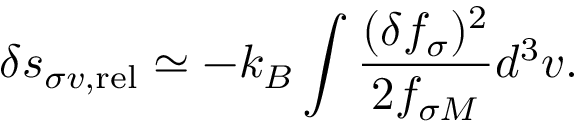
\delta s _ { \sigma v , \mathrm { r e l } } \simeq - k _ { B } \int \frac { ( \delta f _ { \sigma } ) ^ { 2 } } { 2 f _ { \sigma M } } d ^ { 3 } v .